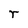
Character: r